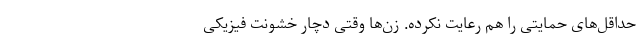
حداقل‌های حمایتی را هم رعایت نکرده. زن‌ها وقتی دچار خشونت فیزیکی